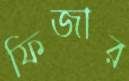
ফিজার